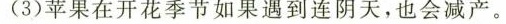
(3)苹果在开花季节如果遇到连阴天，也会减产。